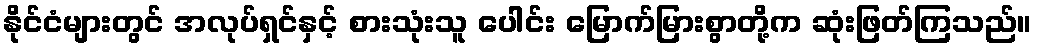
နိုင်ငံများတွင် အလုပ်ရှင်နှင့် စားသုံးသူ ပေါင်း မြောက်မြားစွာတို့က ဆုံးဖြတ်ကြသည်။